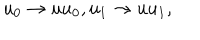
u _ { 0 } \rightarrow u u _ { 0 } , u _ { 1 } \rightarrow u u _ { 1 } ,